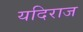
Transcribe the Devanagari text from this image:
यदिराज